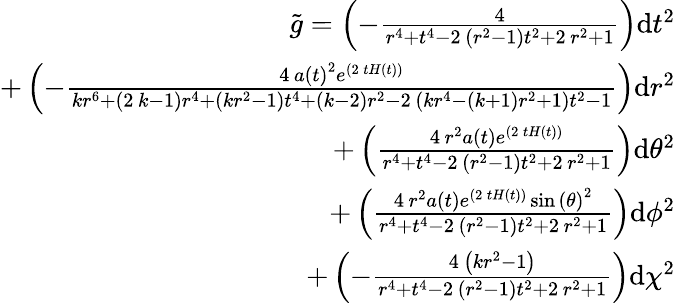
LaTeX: \begin{array}{r}{\tilde{g}=\left(-\frac{4}{r^{4}+t^{4}-2\, {\left(r^{2}-1\right)}t^{2}+2\, r^{2}+1}\right)\mathrm{d}t^{2}}\\ {+\left(-\frac{4\, a\left(t\right)^{2}e^{\left(2\, tH\left(t\right)\right)}}{kr^{6}+{\left(2\, k-1\right)}r^{4}+{\left(kr^{2}-1\right)}t^{4}+{\left(k-2\right)}r^{2}-2\, {\left(kr^{4}-{\left(k+1\right)}r^{2}+1\right)}t^{2}-1}\right)\mathrm{d}r^{2}}\\ {+\left(\frac{4\, r^{2}a\left(t\right)e^{\left(2\, tH\left(t\right)\right)}}{r^{4}+t^{4}-2\, {\left(r^{2}-1\right)}t^{2}+2\, r^{2}+1}\right)\mathrm{d}{\theta}^{2}}\\ {+\left(\frac{4\, r^{2}a\left(t\right)e^{\left(2\, tH\left(t\right)\right)}\sin\left({\theta}\right)^{2}}{r^{4}+t^{4}-2\, {\left(r^{2}-1\right)}t^{2}+2\, r^{2}+1}\right)\mathrm{d}{\phi}^{2}}\\ {+\left(-\frac{4\, {\left(kr^{2}-1\right)}}{r^{4}+t^{4}-2\, {\left(r^{2}-1\right)}t^{2}+2\, r^{2}+1}\right)\mathrm{d}{\chi}^{2}}\end{array}